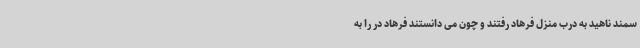
سمند ناهید به درب منزل فرهاد رفتند و چون می دانستند فرهاد در را به